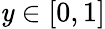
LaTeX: \mathit{y}\in[0,1]